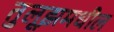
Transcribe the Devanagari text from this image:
तुलूझमधील